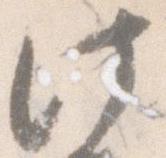
此